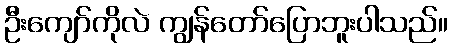
ဦးကျော်ကိုလဲ ကျွန်တော်ပြောဘူးပါသည်။